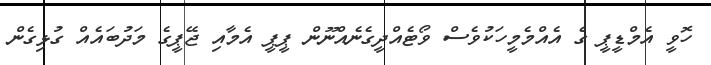
ހޮވީ އެމްޑީޕީ ގެ އެއްމެމީހަކުވެސް ވޯޓެއްދީގެނެއްނޫން ޕީޕީ އެމާއި ޖޭޕީގެ މަދުބައެއް ގުޅިގެން